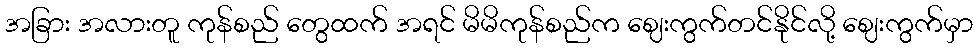
အခြား အလားတူ ကုန်စည် တွေထက် အရင် မိမိကုန်စည်က ဈေးကွက်တင်နိုင်လို့ ဈေးကွက်မှာ